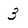
Character: 3